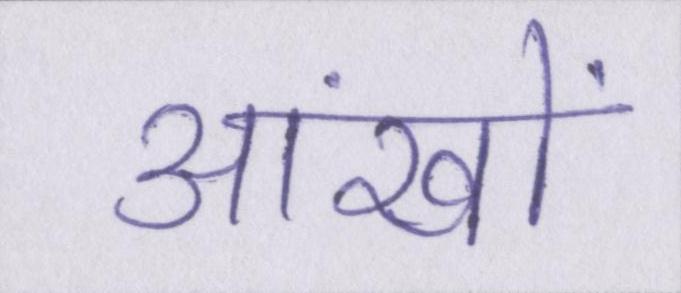
आंखों